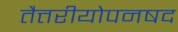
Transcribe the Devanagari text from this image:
तैत्तरीयोपनषद